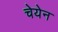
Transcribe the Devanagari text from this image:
चेयेन